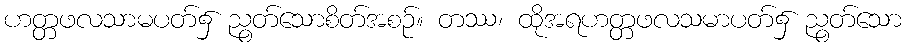
ဟတ္တဖလသာမပတ်၌ ညွတ်သောစိတ်အစဉ်။ တဿ၊ ထိုအရဟတ္တဖလသမာပတ်၌ ညွတ်သော